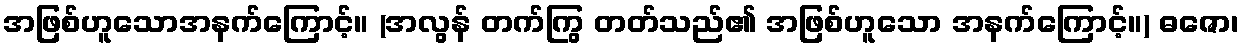
အဖြစ်ဟူသောအနက်ကြောင့်။ (အလွန် တက်ကြွ တတ်သည်၏ အဖြစ်ဟူသော အနက်ကြောင့်။) ဓဇော၊